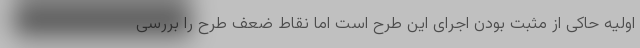
اولیه حاکی از مثبت بودن اجرای این طرح است اما نقاط ضعف طرح را بررسی